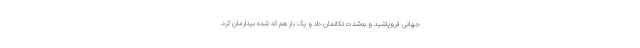
جهانی فروپاشید و به‌شدت تکانمان داد و یک بار هم که شده بیدارمان کرد.